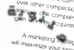
ملتوية